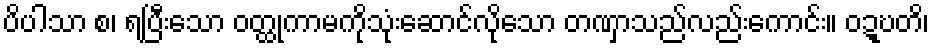
ပိပါသာ စ၊ ရပြီးသော ဝတ္ထုကာမကိုသုံးဆောင်လိုသော တဏှာသည်လည်းကောင်း။ ဝဍ္ဎတိ၊